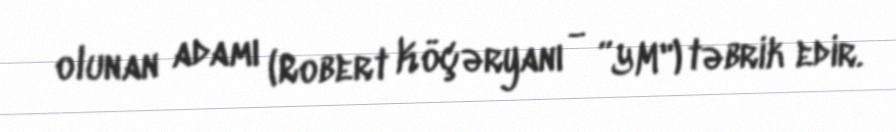
olunan adamı (Robert Köçəryanı - ”YM") təbrik edir.